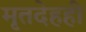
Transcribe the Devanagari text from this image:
मृतदेहही